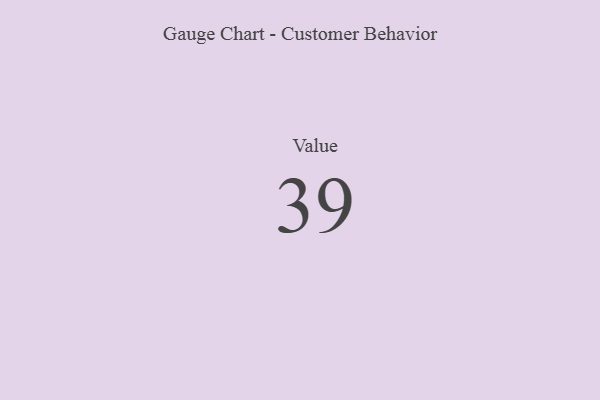
{"axis": {"x": "Metric", "y": "Value"}, "legend": [""], "data": [{"x": "Value", "y": 39, "type": ""}]}